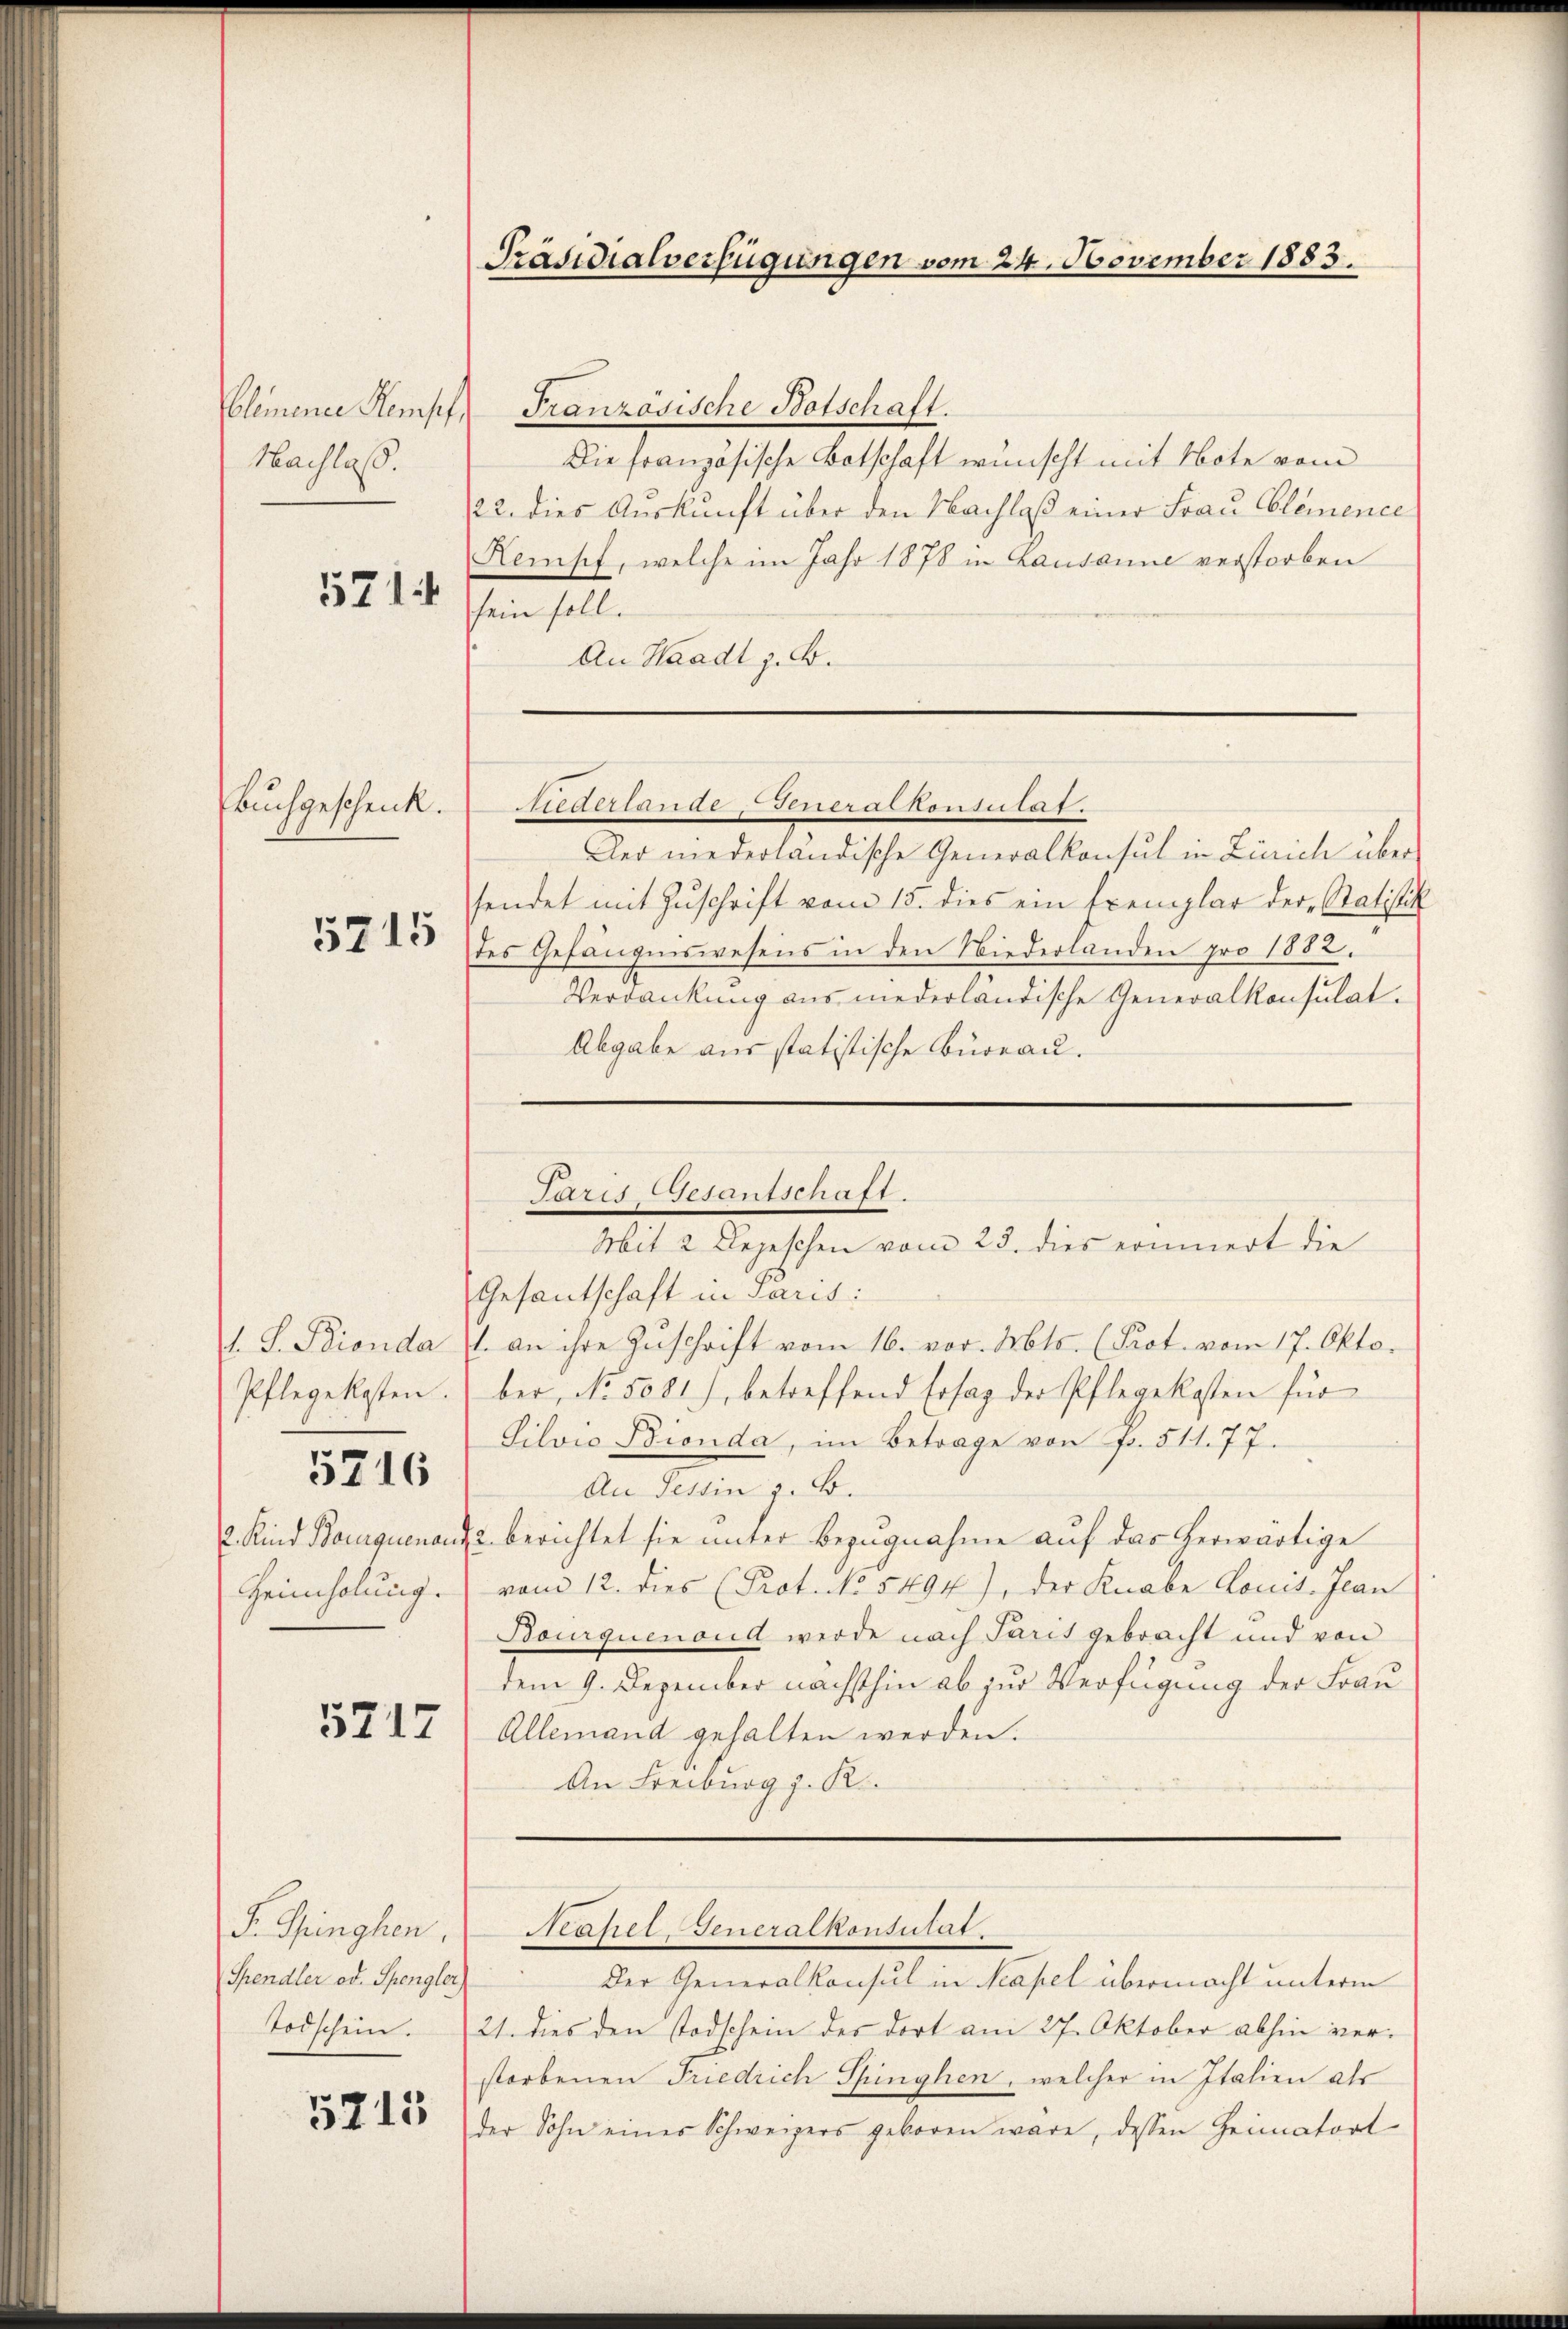
Clemener Kempf
Nachlaß.
5714

Buchgeschenk.
5715

Pflegekosten.

5216

2. Kind Bouquenau
Heimholung.

5717

F. Singhen.
Spendler od. Spengler,
Todschein.

5715

Präsidialverfügungen vom 24. November 1883.

Französische Botschaft.
Die französische Botschaft wünscht mit Note vom
122. dies Auskunft über den Nachlaß einer Frau Clemence
Kemsch, welche im Jahr 1878 in Lausanne verstorben
sein soll.
An Waadt z. B.
Niedertände Generalkonsulat.
Der niederländische Generalkonsul in Zürich übersendet mit Zŭschrift vom 18. dies ein Exemplar der Ratistik
des Gefängniswesens in den Niederlanden pro 1882.
Verdankung aus niederländische Generalkonsulat.
Abgabe aus statistische Büreau.
Mit 2 Depeschen vom 23. dies erinnert die
Gesantschaft in Paris:
1. S. Pionda (1. an ihre Zŭschrift vom 16. vor. Mts. (Prot. vom 17. Oktober, No. 5081), betreffend Erstag der Pflegekosten für
Silvio Bionda, im Betrage von Fr. 511. 77.
An Tessin z. B.
2 berichtet sie unter Bezugnahme auf das herwärtige
vom 12. dies (Prot. No. 5494), der Knabe Louis-Jean
Bourquenoud werde nach Paris gebracht und von
dem 9. Dezember nächsthin ab zur Verfügung der Frau
Allemand gehalten werden.
An Freiburg z. R.
Stähel-Generalkonsultat.
Der Generalkonsul in capel übermacht unterm
21. dies den Todschein des dort am 27. Oktober abhin verstorbenen Friedrich Pfinghen, welcher in Italien als
der Sohn eines Schweizers geboren wäre, dessen Heimatort

Paris Gesantschaft.